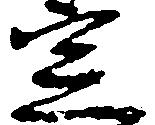
定